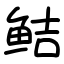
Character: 鲒